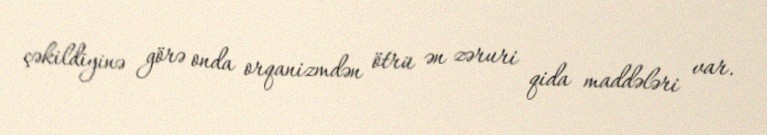
çəkildiyinə görə onda orqanizmdən ötrü ən zəruri qida maddələri var.